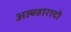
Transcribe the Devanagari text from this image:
अल्व्हारादो